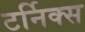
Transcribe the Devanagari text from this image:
टर्निक्स